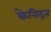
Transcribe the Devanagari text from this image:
केनिद्रत